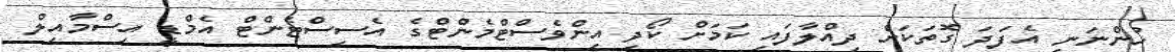
ހުންނަނީ އެފަދަ ގޮތަކަށް ދިއްލާފައި ކަމަށް ކޯދި އިންވެސްޓްމެންޓްގެ އެސިސްޓެންޓް އެމްޑީ އިސްމާއިލް